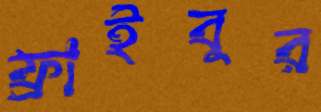
ফ্রাইবুর